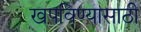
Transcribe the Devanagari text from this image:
खपविण्यासाठी